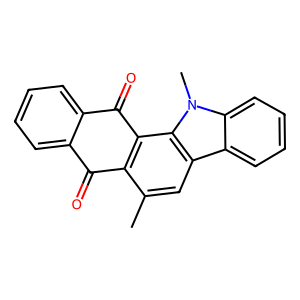
SMILES: Cc1cc2c3ccccc3n(C)c2c2c1C(=O)c1ccccc1C2=O
Inhibits HIV replication: No